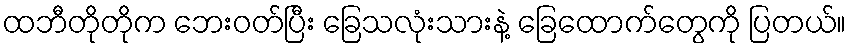
ထဘီတိုတိုက ဘေးဝတ်ပြီး ခြေသလုံးသားနဲ့ ခြေထောက်တွေကို ပြတယ်။